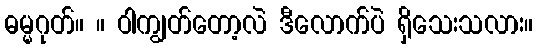
ဓမ္မဂုတ်။ ။ ဝါကျွတ်တော့လဲ ဒီလောက်ပဲ ရှိသေးသလား။